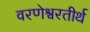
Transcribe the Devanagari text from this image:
वरणेश्वरतीर्थ